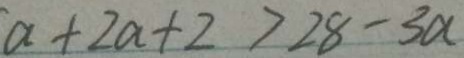
a + 2 a + 2 > 2 8 - 3 a